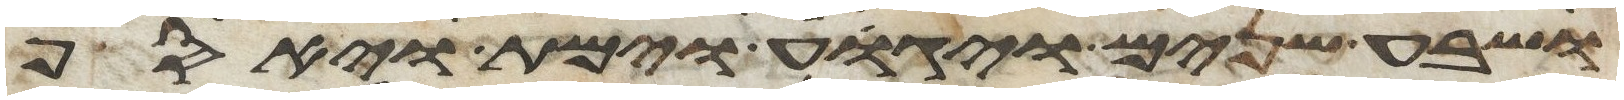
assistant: ושבע שנים ויגוע וימת ויאסף